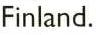
Finland.